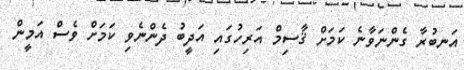
އަނބުރާ ގެންނަވާނެ ކަމަށް ޤާސިމް އަރިހުގައި އަދީބު ދެންނެވި ކަމަށް ވެސް އަމީން